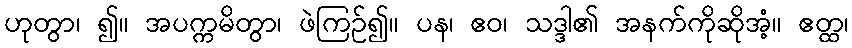
ဟုတွာ၊ ၍။ အပက္ကမိတွာ၊ ဖဲကြဉ်၍။ ပန၊ ဧဝ၊ သဒ္ဒါ၏ အနက်ကိုဆိုအံ့။ ဧတ္ထ၊